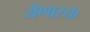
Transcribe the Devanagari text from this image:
येणारया